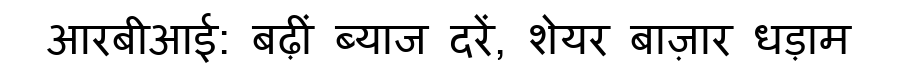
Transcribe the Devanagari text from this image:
आरबीआई: बढ़ीं ब्याज दरें, शेयर बाज़ार धड़ाम